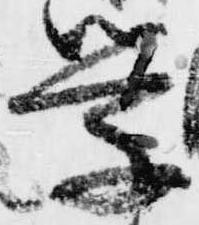
学